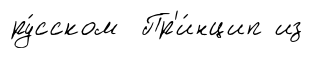
ру́сском Пр'и́нцип из